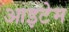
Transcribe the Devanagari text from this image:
आइटेम